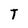
Character: T